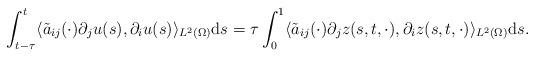
LaTeX: \begin{align*} \int_{t - \tau}^{t} \langle \tilde{a}_{ij}(\cdot) \partial_{j} u(s), \partial_{i} u(s)\rangle_{L^{2}(\Omega)} \mathrm{d}s = \tau \int_{0}^{1} \langle \tilde{a}_{ij}(\cdot) \partial_{j} z(s, t, \cdot), \partial_{i} z(s, t, \cdot) \rangle_{L^{2}(\Omega)} \mathrm{d}s. \end{align*}